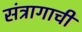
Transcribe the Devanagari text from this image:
संत्रागाची